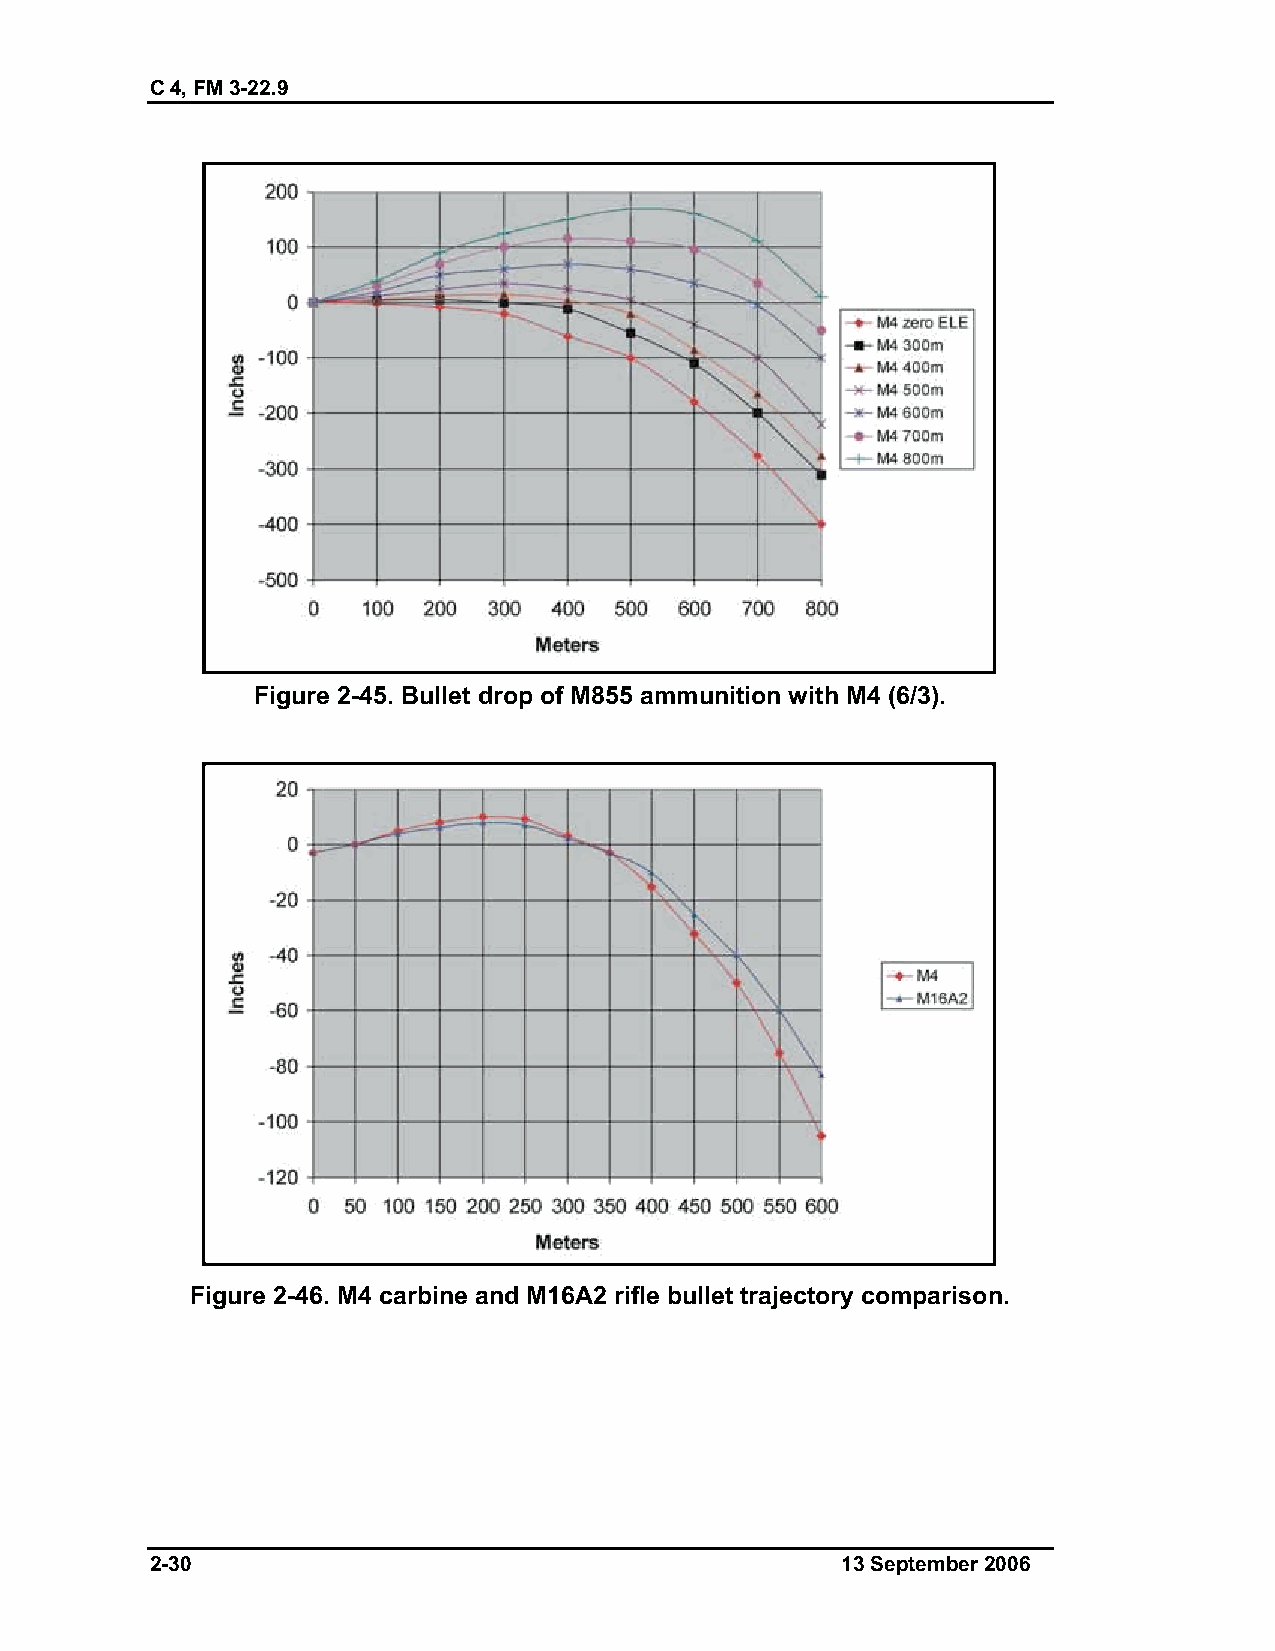
C 4, FM 3-22.9
 Figure 2-45. Bullet drop of M855 ammunition with M4 (6/3).
 Figure 2-46. M4 carbine and M16A2 rifle bullet trajectory comparison.
 2-30                                          13 September 2006